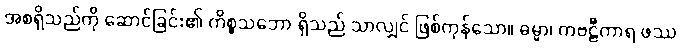
အစရှိသည်ကို ဆောင်ခြင်း၏ ကိစ္စသဘော ရှိသည် သာလျှင် ဖြစ်ကုန်သော။ ဓမ္မာ၊ ကဗဠီကာရ ဖဿ